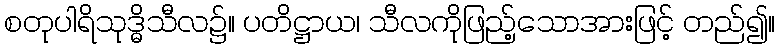
စတုပါရိသုဒ္ဓိသီလ၌။ ပတိဋ္ဌာယ၊ သီလကိုဖြည့်သောအားဖြင့် တည်၍။